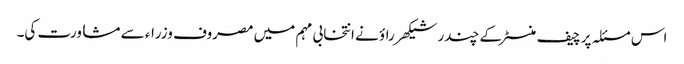
اس مسئلہ پر چیف منسٹر کے چندر شیکھر راؤ نے انتخابی مہم میں مصروف وزراء سے مشاورت کی۔